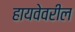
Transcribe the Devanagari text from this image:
हायवेवरील